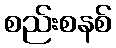
စည်းစနစ်